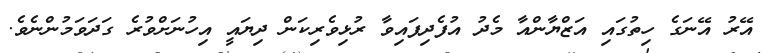
އޭރު އޭނަގެ ހިތުގައި އަޒްޔާންއާ މެދު އުފެދިފައިވާ ރުޅިވެރިކަން ދިޔައީ އިހުނަށްވުރެ ގަދަވަމުންނެވެ.